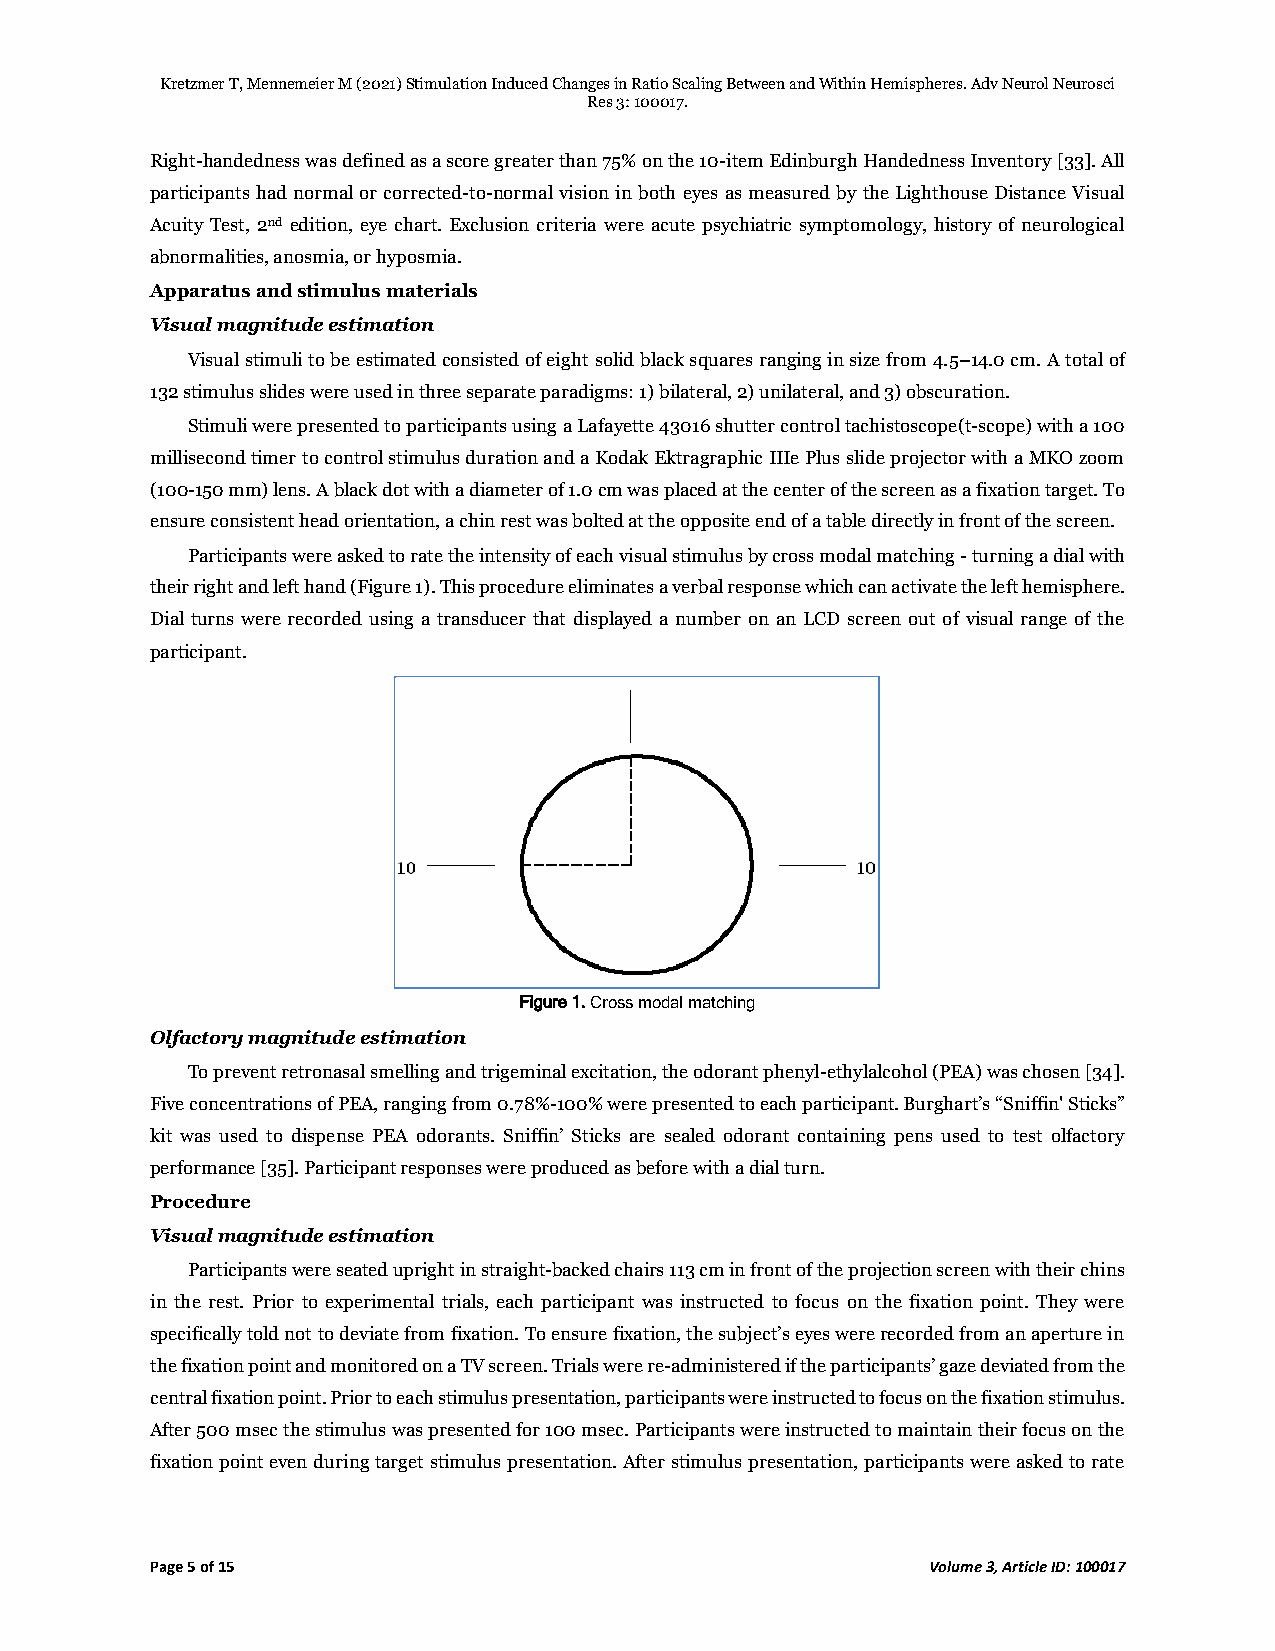
Kretzmer T, Mennemeier M (2021) Stimulation Induced Changes in Ratio Scaling Between and Within Hemispheres. Adv Neurol Neurosci
 Res 3: 100017.
 Right-handedness was defined as a score greater than 75% on the 10-item Edinburgh Handedness Inventory [33]. All
 participants had normal or corrected-to-normal vision in both eyes as measured by the Lighthouse Distance Visual
 Acuity Test, 2nd edition, eye chart. Exclusion criteria were acute psychiatric symptomology, history of neurological
 abnormalities, anosmia, or hyposmia.
 Apparatus and stimulus materials
 Visual magnitude estimation
 Visual stimuli to be estimated consisted of eight solid black squares ranging in size from 4.5–14.0 cm. A total of
 132 stimulus slides were used in three separate paradigms: 1) bilateral, 2) unilateral, and 3) obscuration.
 Stimuli were presented to participants using a Lafayette 43016 shutter control tachistoscope(t-scope) with a 100
 millisecond timer to control stimulus duration and a Kodak Ektragraphic IIIe Plus slide projector with a MKO zoom
 (100-150 mm) lens. A black dot with a diameter of 1.0 cm was placed at the center of the screen as a fixation target. To
 ensure consistent head orientation, a chin rest was bolted at the opposite end of a table directly in front of the screen.
 Participants were asked to rate the intensity of each visual stimulus by cross modal matching - turning a dial with
 their right and left hand (Figure 1). This procedure eliminates a verbal response which can activate the left hemisphere.
 Dial turns were recorded using a transducer that displayed a number on an LCD screen out of visual range of the
 participant.
 Figure 1. Cross modal matching
 Olfactory magnitude estimation
 To prevent retronasal smelling and trigeminal excitation, the odorant phenyl-ethylalcohol (PEA) was chosen [34].
 Five concentrations of PEA, ranging from 0.78%-100% were presented to each participant. Burghart’s “Sniffin' Sticks”
 kit was used to dispense PEA odorants. Sniffin’ Sticks are sealed odorant containing pens used to test olfactory
 performance [35]. Participant responses were produced as before with a dial turn.
 Procedure
 Visual magnitude estimation
 Participants were seated upright in straight-backed chairs 113 cm in front of the projection screen with their chins
 in the rest. Prior to experimental trials, each participant was instructed to focus on the fixation point. They were
 specifically told not to deviate from fixation. To ensure fixation, the subject’s eyes were recorded from an aperture in
 the fixation point and monitored on a TV screen. Trials were re-administered if the participants’ gaze deviated from the
 central fixation point. Prior to each stimulus presentation, participants were instructed to focus on the fixation stimulus.
 After 500 msec the stimulus was presented for 100 msec. Participants were instructed to maintain their focus on the
 fixation point even during target stimulus presentation. After stimulus presentation, participants were asked to rate
 Page 5 of 15                                        Volume 3, Article ID: 100017